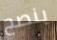
ينصح